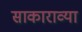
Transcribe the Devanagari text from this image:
साकाराव्या